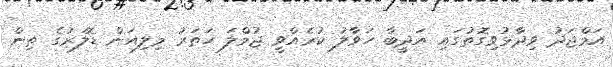
އަމްޖަދު ވިދާޅުވިގޮތުގައި އަދީބާ ހަވާލު ކުރެއްވީ ޖުމްލަ ހަތަރު މިލިއަން ޑޮލަރުގެ ތިން